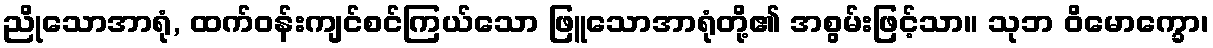
ညိုသောအာရုံ, ထက်ဝန်းကျင်စင်ကြယ်သော ဖြူသောအာရုံတို့၏ အစွမ်းဖြင့်သာ။ သုဘ ဝိမောက္ခော၊